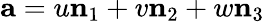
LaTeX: \mathbf{a}=u\mathbf{n}_{1}+v\mathbf{n}_{2}+w\mathbf{n}_{3}